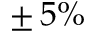
\pm \, 5 \%